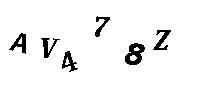
AV478Z